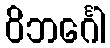
ဝိဘင်္ဂေါ